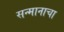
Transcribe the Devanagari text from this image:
सन्मानाचा